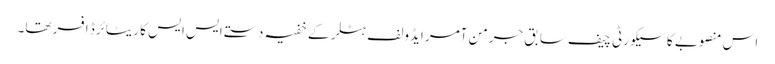
اس منصوبے کا سیکورٹی چیف سابق جرمن آمر ایڈولف ہٹلر کے خفیہ دستے ایس ایس کا ریٹائرڈ افسر تھا۔